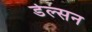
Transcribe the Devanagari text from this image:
डेल्सन